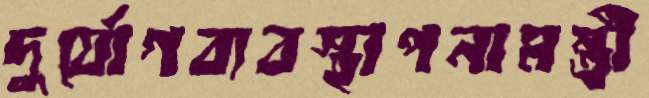
দুর্যোগব্যবস্থাপনামন্ত্রী